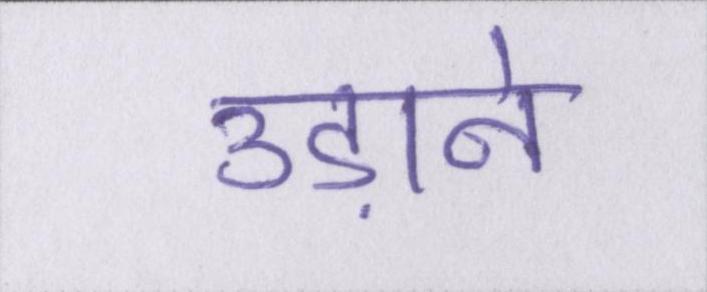
उड़ाने